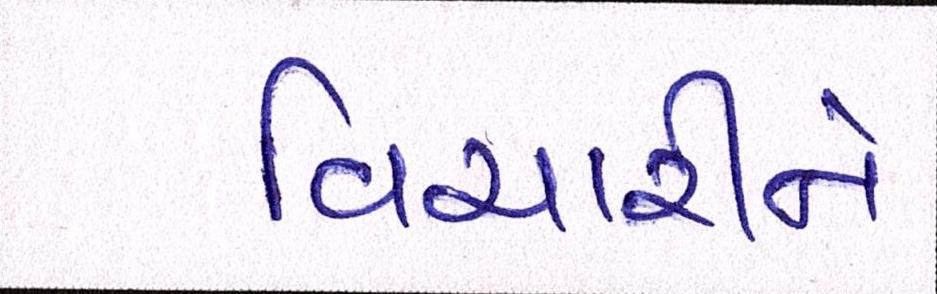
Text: વિચારીને